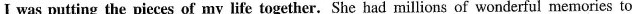
I was putting the pieces of my life together. She had millions of wonderful memories to